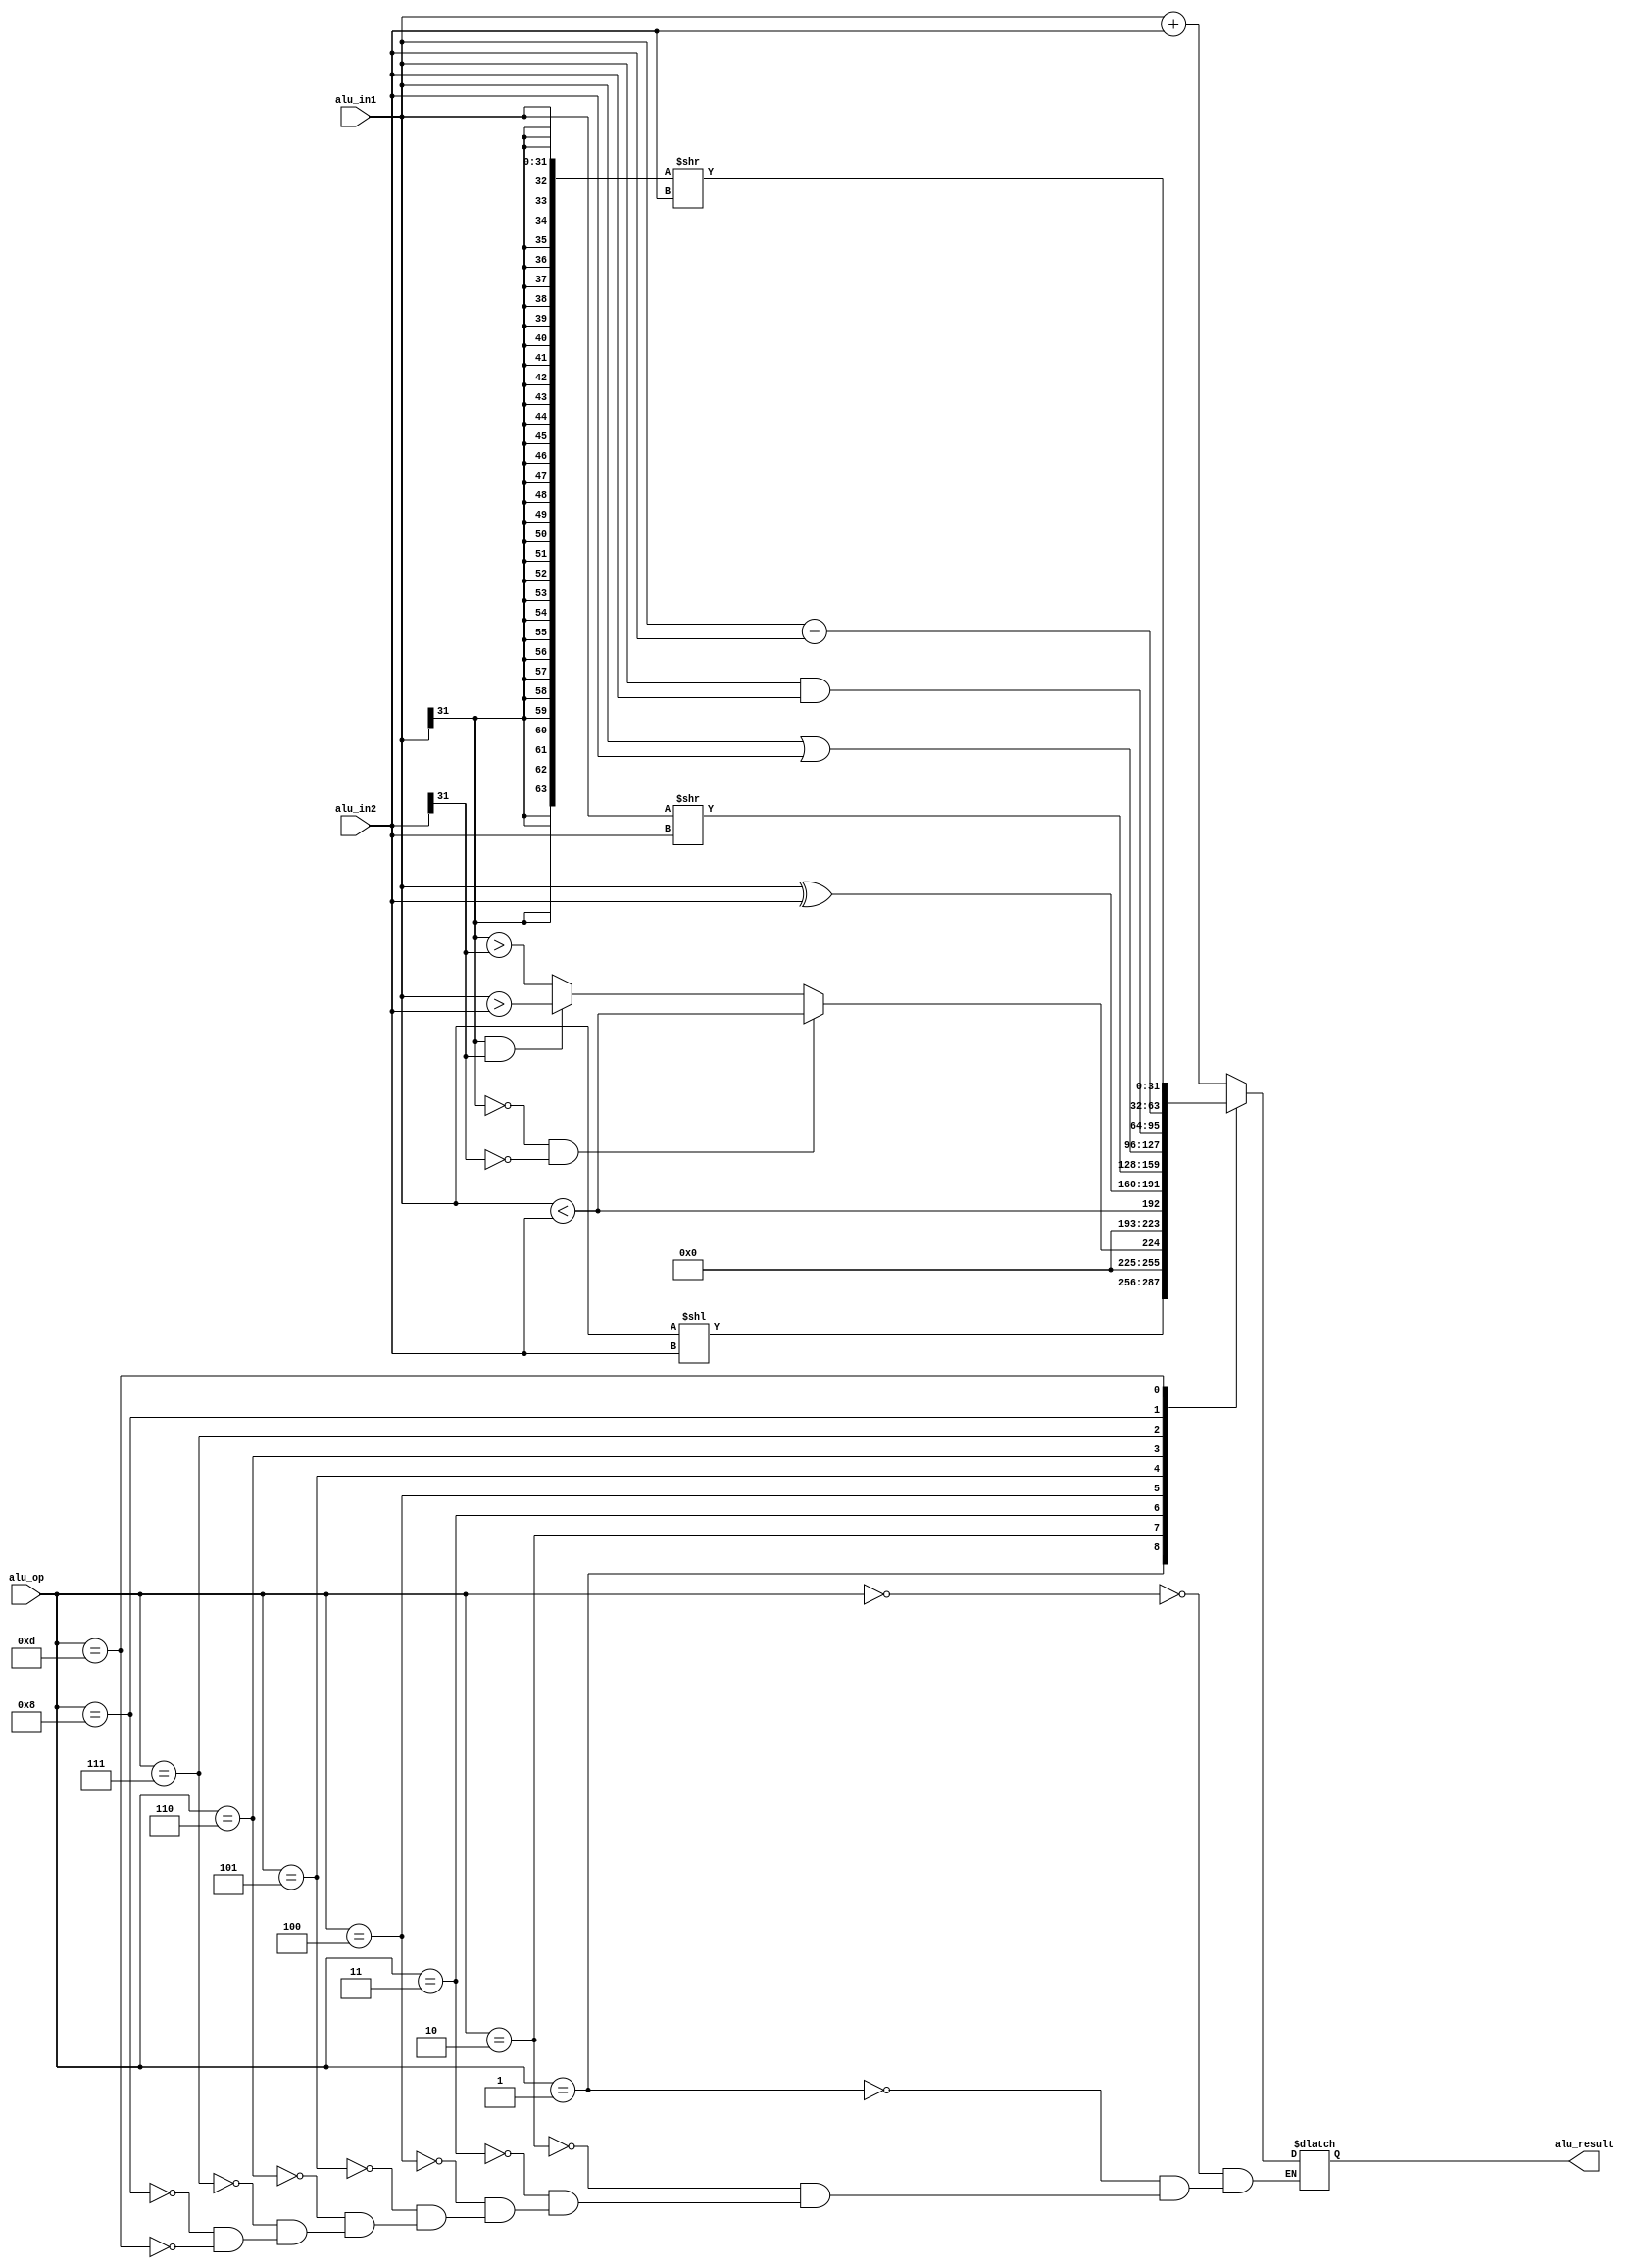
module ALU (
    input [31:0] alu_in1,
    input [31:0] alu_in2,
    input [3:0] alu_op,
    output reg [31:0] alu_result
);
    reg [31:0] temp;
    always@(*)begin
    case(alu_op)
    4'b0000: alu_result <= alu_in1 + alu_in2;
    4'b0001: alu_result <= alu_in1 << alu_in2;
    4'b0010: begin
        if(alu_in1[31]==1'b0&&alu_in2[31]==1'b0) 
            alu_result <= alu_in1 < alu_in2;
        else if(alu_in1[31]==1'b1&&alu_in2[31]==1'b1) 
            alu_result <= alu_in1 > alu_in2;
        else alu_result <= alu_in1[31] > alu_in2[31];
    end
    4'b0011: alu_result <= alu_in1 < alu_in2;
    4'b0100: alu_result <= alu_in1 ^ alu_in2;
    4'b0101: alu_result <= alu_in1 >> alu_in2;
    4'b0110: alu_result <= alu_in1 | alu_in2;
    4'b0111: alu_result <= alu_in1 & alu_in2;
    4'b1000: alu_result <= alu_in1 - alu_in2;
    4'b1101: alu_result <= {{32{alu_in1[31]}}, alu_in1} >> alu_in2;
    default:;
    endcase
    end
endmodule